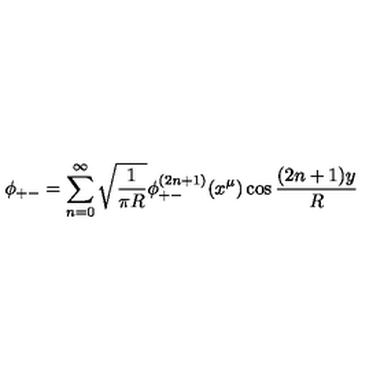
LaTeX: \phi _ { + - } = \sum _ { n = 0 } ^ { \infty } \sqrt { \frac { 1 } { \pi R } } \phi _ { + - } ^ { ( 2 n + 1 ) } ( x ^ { \mu } ) \cos \frac { ( 2 n + 1 ) y } { R }